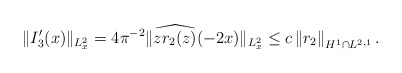
\begin{align*}\|I_3'(x)\|_{L^2_x} = 4 \pi^{-2} \| \widehat{z r_2(z)}(-2x)\|_{L^2_x}\leq c \left\|r_2\right\|_{H^{1} \cap L^{2,1}}. \end{align*}